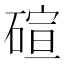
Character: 碹